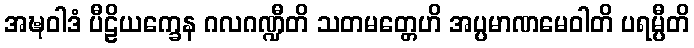
အဍ္ဎဝါဒံ ပီဠိယက္ခေန ဂလဂဏ္ဍီတိ သတမတ္တေဟိ အပ္ပမာဏမေဝါတိ ပရမ္ပီတိ